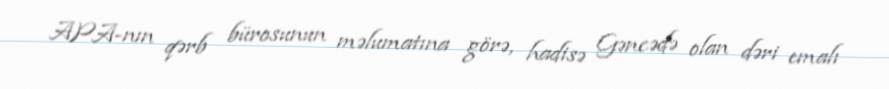
APA-nın qərb bürosunun məlumatına görə, hadisə Gəncədə olan dəri emalı